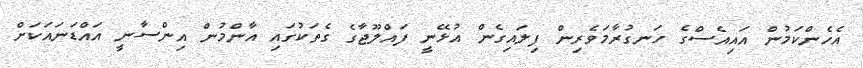
އެހެންކަމުން އައިއެސްގެ ހަނގުރާމަވެރިން ފިލައިގެން އުޅޭނީ ފައްލޫޖާގެ ގެތަކުގައި އާންމުން އިންސާނީ އައްޑަނައަކަށް